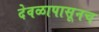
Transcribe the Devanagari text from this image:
देवळापासूनच